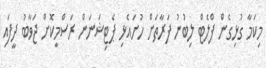
މިކަމާ ގުޅިގެން ފްލެޓް ލިބުނު ފަރާތަށް ހުށައެޅި ޕެޓިޝަނަން ރަސްމީކޮށް ޖަވާބު ދީފައި